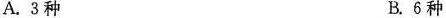
A. 3种 B. 6种